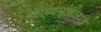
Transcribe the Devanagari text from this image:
शब्दभांडारात